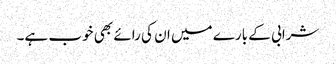
شرابی کے بارے میں ان کی رائے بھی خوب ہے۔